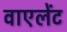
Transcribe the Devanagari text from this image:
वाएलेंट